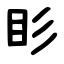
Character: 䀐